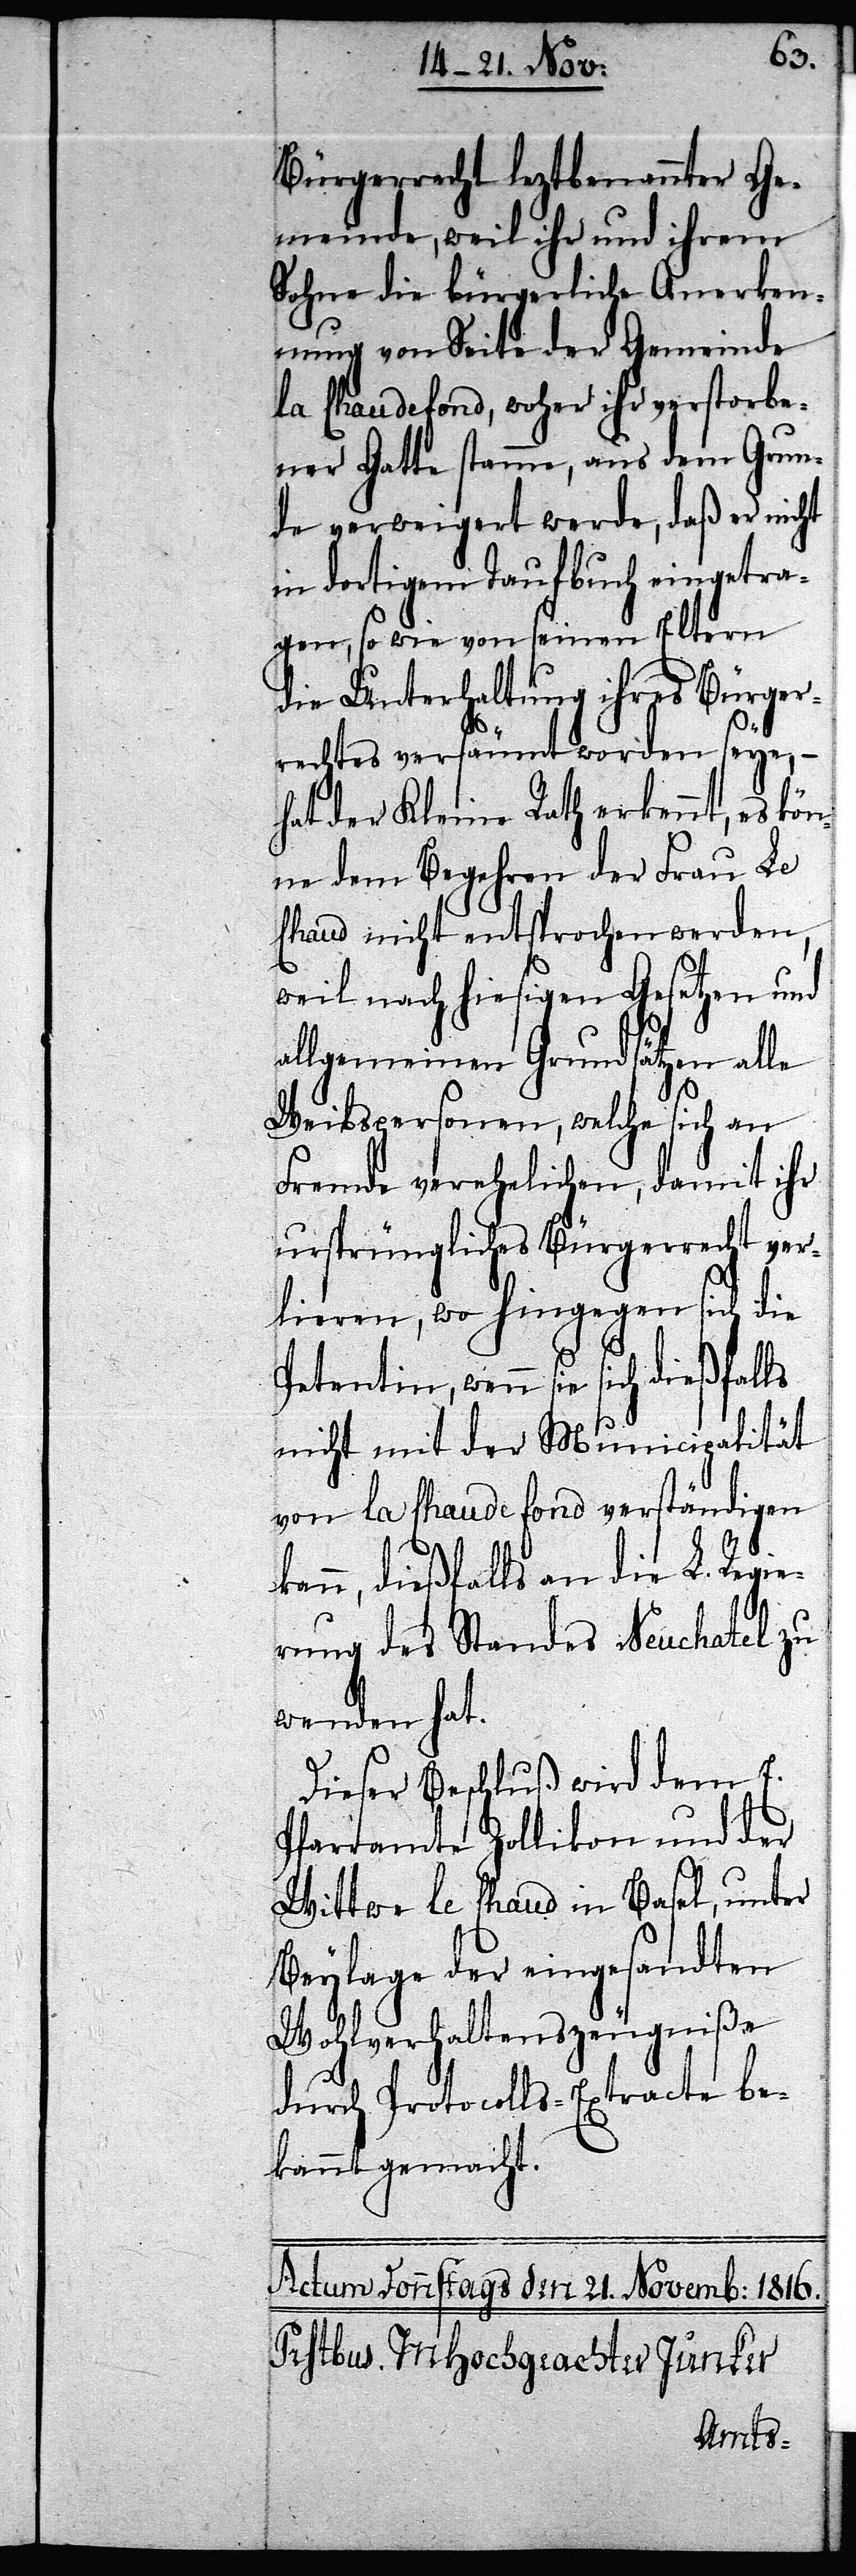
Bürgerrecht leztbenannter Ge¬
meinde, weil ihr und ihrem
Sohne die bürgerliche Anerken¬
nung von Seite der Gemeinde
la Chaudefond, woher ihr verstorbe¬
ner Gatte stamme, aus dem Grun¬
de verweigert werde, daß er nicht
in dortigem Taufbuch eingetra¬
gen, so wie von seinen Eltern
die Unterhandlung ihres Bürger¬
rechtes versäumt worden seye, –
hat der Kleine Rath erkennt, es kö¬
nne dem Begehren der Frau Le
Chaud nicht entsprochen werden,
weil nach hiesigen Gesetzen und
allgemeinen Grundsätzen alle
Weibspersonen, welche sich an
Fremde verehelichen, damit ihr
ursprüngliches Bürgerrecht ver¬
lieren, wo hingegen sich die
Petentin, wenn sie sich dießfalls
nicht mit der Municipalität
von La Chaudefond verständigen
kann, dießfalls an die L. Regi¬
erung des Standes Neuchatel zu
wenden hat.
Dieser Beschluß wird dem E.
Pfarramte Zollikon und der
Wittwe le Chaud in Basel, unter
Beylage der eingesandten
Wohlverhaltenszeugniße
durch Protocolls-Extracte be¬
kannt gemacht.